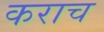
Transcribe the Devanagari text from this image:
कराच